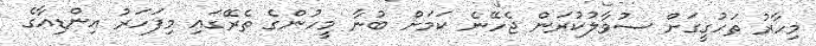
މިހާރު ތަހުގީގަށް ސުވާލުކުރަން ޖެހޭނެ ކަމަށް ބުނާ މީހުންގެ ތެރޭގައި މިފަހަރު އިންޑިއާގެ